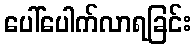
ပေါ်ပေါက်လာရခြင်း